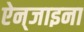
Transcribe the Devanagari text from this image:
ऐन्‌जाइना